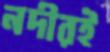
নদীরই